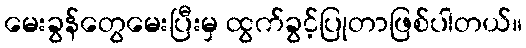
မေးခွန်တွေမေးပြီးမှ ထွက်ခွင့်ပြုတာဖြစ်ပါတယ်။